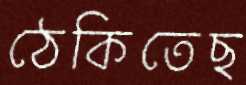
ঠেকিতেছ